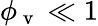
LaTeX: \phi_{\mathrm{~v~}}\ll 1